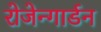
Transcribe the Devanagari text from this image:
रोजेन्गार्डन